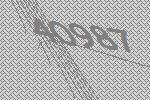
40987